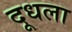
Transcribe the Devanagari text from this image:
दूधला